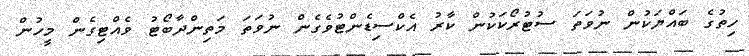
ހިތުގެ ބައްޔަކުން ނުވަތަ ސުޓުރޯކަކުން ކާރު އެކްސިޑެންޓުވެގެން ނުވަތަ މަތިންދާބޯޓު ވެއްޓިގެން މީހުން